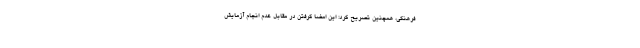
فرهنگی، همچنین تصریح کرد: این امضا گرفتن در مقابل عدم انجام آزمایش